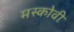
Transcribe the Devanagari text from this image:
मस्कोवी